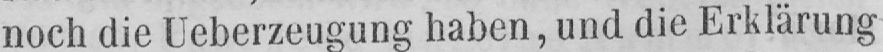
noch die Ueberzeugung haben, und die Erklärung